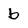
Character: b